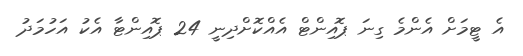
އެ ޓީމަށް އެންމެ ގިނަ ޕޮއިންޓް އެއްކޮށްދިނީ 24 ޕޮއިންޓާ އެކު އަހުމަދު